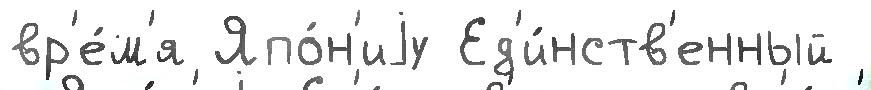
вр'е́м'я Япо́н'иjу Ед'и́нств'енный